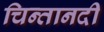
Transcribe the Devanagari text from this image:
चिन्तानदी